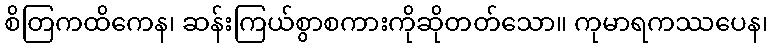
စိတြကထိကေန၊ ဆန်းကြယ်စွာစကားကိုဆိုတတ်သော။ ကုမာရကဿပေန၊